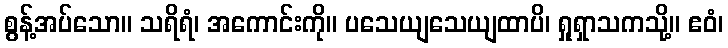
စွန့်အပ်သော။ သရိရံ၊ အကောင်းကို။ ပသေယျသေယျထာပိ၊ ရှုရှာသကသို့။ ဧဝံ၊